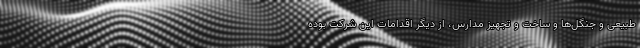
طبیعی و جنگل‌ها و ساخت و تجهیز مدارس، از دیگر اقدامات این شرکت بوده